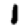
Digit: 1